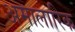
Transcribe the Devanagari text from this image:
अमालारिक